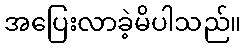
အပြေးလာခဲ့မိပါသည်။